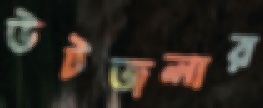
উটজলার